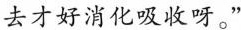
去才好消化吸收呀。”